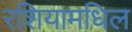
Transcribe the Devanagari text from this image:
रशियामधिल